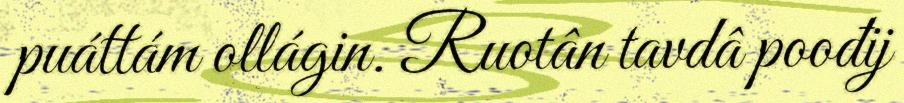
puáttám ollágin. Ruotân tavdâ poođij